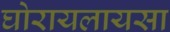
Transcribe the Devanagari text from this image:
घोरायलायसा